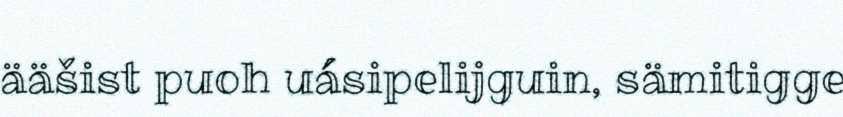
ääšist puoh uásipelijguin, sämitigge